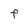
Character: F